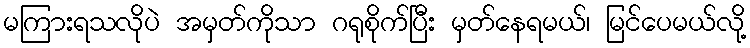
မကြားရသလိုပဲ အမှတ်ကိုသာ ဂရုစိုက်ပြီး မှတ်နေရမယ်၊ မြင်ပေမယ်လို့